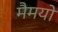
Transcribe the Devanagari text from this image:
मैमयो